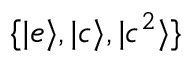
\{ | e \rangle , | c \rangle , | c ^ { 2 } \rangle \}